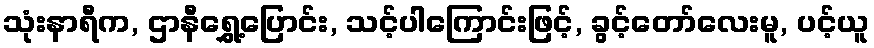
သုံးနာရီက, ဌာနီရွှေ့ပြောင်း, သင့်ပါကြောင်းဖြင့်, ခွင့်တော်လေးမူ, ပင့်ယူ